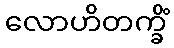
လောဟိတက္ခိံ